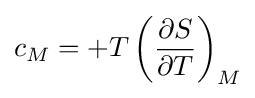
c_{M}=+T\left({\frac {\partial S}{\partial T}}\right)_{M}